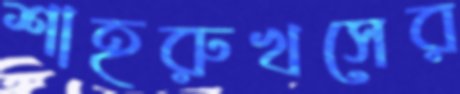
শাহরুখসের